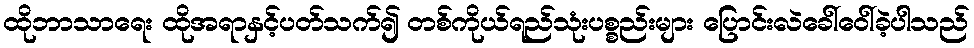
ထိုဘာသာရေး ထိုအရာနှင့်ပတ်သက်၍ တစ်ကိုယ်ရည်သုံးပစ္စည်းများ ပြောင်းလဲခေါ်ဝေါ်ခဲ့ပါသည်